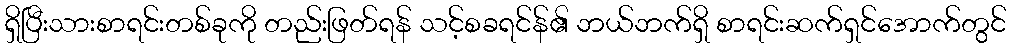
ရှိပြီးသားစာရင်းတစ်ခုကို တည်းဖြတ်ရန် သင့်စခရင်န်၏ ဘယ်ဘက်ရှိ စာရင်းဆက်ရှင်အောက်တွင်